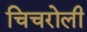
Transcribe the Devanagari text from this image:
चिचरोली